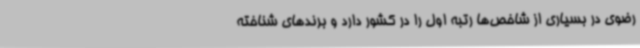
رضوی در بسیاری از شاخص‌ها رتبه اول را در کشور دارد و برندهای شناخته